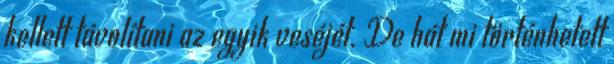
kellett távolítani az egyik veséjét. De hát mi történhetett